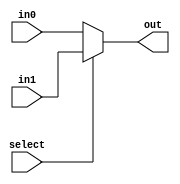
module mul2_1_4bit(
		in0, 
		in1,
		select,
		out);
		
	input[3:0] in0,in1;
	input select;
	output[3:0] out;
	
	assign out = (select == 0) ? in0 : in1;
	
endmodule